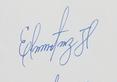
Signature authenticity: genuine